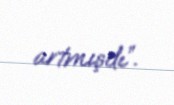
artmışdı”.